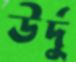
উর্দু